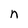
Character: n